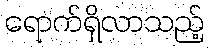
ရောက်ရှိလာသည့်